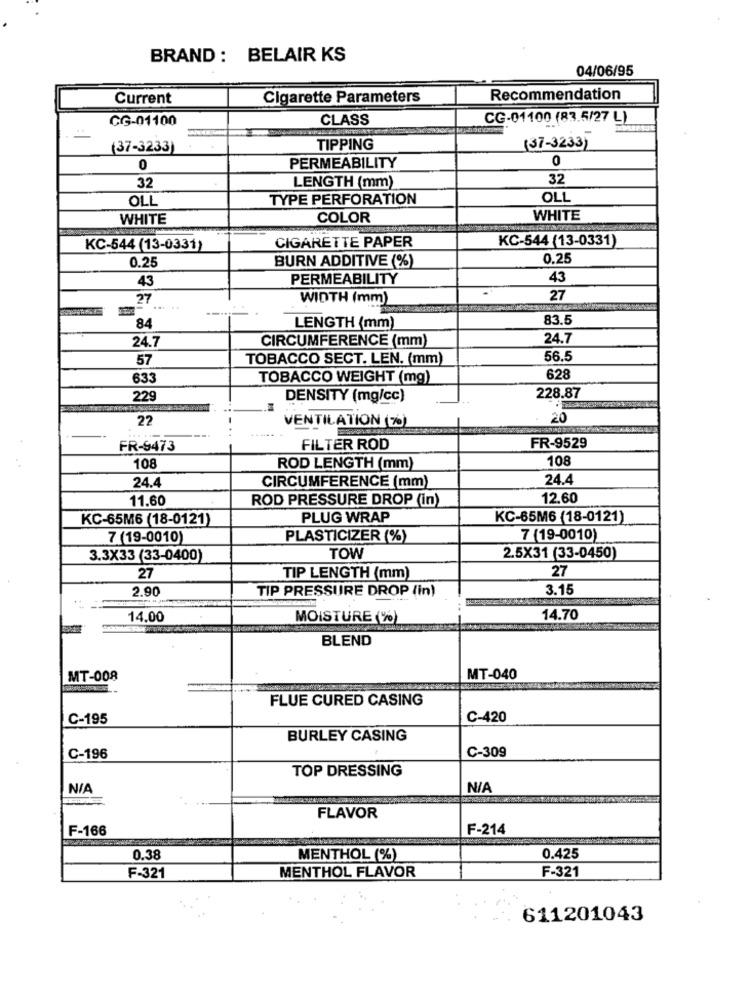
BRAND : BELAIR KS
04/06/95
Current
Cigarette Parameters
Recommendation
CG-01100
CLASS
CG-01100 (83.5/27 L)
(37-3233)
TIPPING
(37-3233)
0
0
PERMEABILITY
32
LENGTH (mm)
32
OLL
TYPE PERFORATION
OLL
WHITE
COLOR
WHITE
KC-544 (13-0331)
KC-544 (13-0331)
CIGARETTE PAPER
0.25
BURN ADDITIVE (%)
0.25
43
PERMEABILITY
43
27
WIDTH (mm)
27
83.5
84
LENGTH (mm)
CIRCUMFERENCE (mm)
24.7
24.7
57
TOBACCO SECT. LEN. (mm)
56.5
633
TOBACCO WEIGHT (mg)
628
229
DENSITY (mg/cc)
228.87
22
VENTILATION (%)
20
FR-9473
FILTER ROD
FR-9529
108
108
ROD LENGTH (mm)
24.4
24.4
CIRCUMFERENCE (mm)
11.60
ROD PRESSURE DROP (in)
12.60
KC-65M6 (18-0121)
PLUG WRAP
KC-65M6 (18-0121)
7 (19-0010)
PLASTICIZER (%)
7 (19-0010)
3.3X33 (33-0400)
TOW
2.5X31 (33-0450)
27
27
TIP LENGTH (mm)
2.90
TIP PRESSURE DROP (in)
3.15
14,00
MOISTURE (%)
14.70
BLEND
MT-008
MT-040
FLUE CURED CASING
C-195
C-420
BURLEY CASING
C-309
C-196
TOP DRESSING
FLAVOR
F-166
F-214
0.38
MENTHOL (%)
0.425
MENTHOL FLAVOR
F-321
F-321
611201043